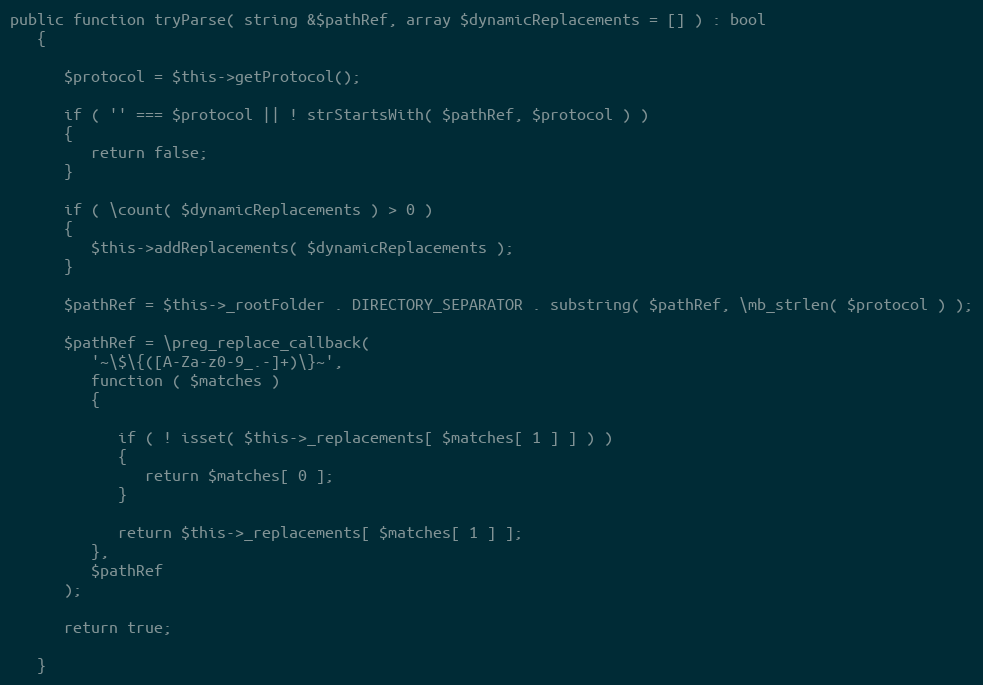
Language: PHP
public function tryParse( string &$pathRef, array $dynamicReplacements = [] ) : bool
   {

      $protocol = $this->getProtocol();

      if ( '' === $protocol || ! strStartsWith( $pathRef, $protocol ) )
      {
         return false;
      }

      if ( \count( $dynamicReplacements ) > 0 )
      {
         $this->addReplacements( $dynamicReplacements );
      }

      $pathRef = $this->_rootFolder . DIRECTORY_SEPARATOR . substring( $pathRef, \mb_strlen( $protocol ) );

      $pathRef = \preg_replace_callback(
         '~\$\{([A-Za-z0-9_.-]+)\}~',
         function ( $matches )
         {

            if ( ! isset( $this->_replacements[ $matches[ 1 ] ] ) )
            {
               return $matches[ 0 ];
            }

            return $this->_replacements[ $matches[ 1 ] ];
         },
         $pathRef
      );

      return true;

   }